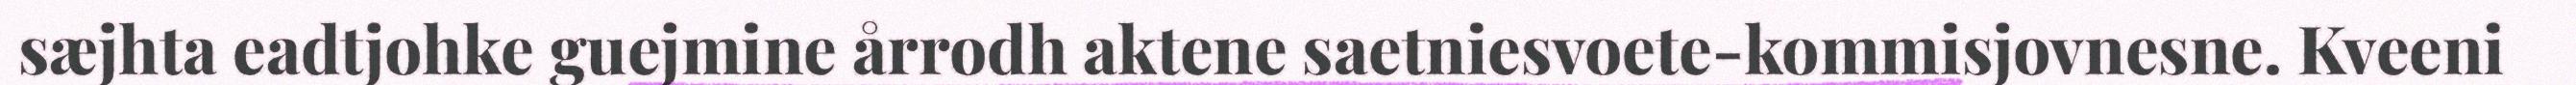
sæjhta eadtjohke guejmine årrodh aktene saetniesvoete-kommisjovnesne. Kveeni